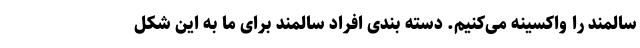
سالمند را واکسینه می‌کنیم. دسته بندی افراد سالمند برای ما به این شکل